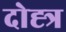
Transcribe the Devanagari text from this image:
दोह्त्र